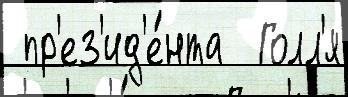
 пр'ез'ид'е́нта  Голл'я